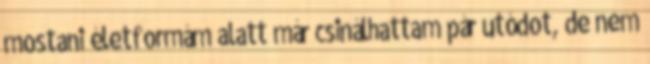
mostani életformám alatt már csinálhattam pár utódot, de nem